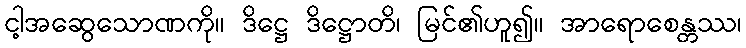
ငါ့အဆွေသောဏကို။ ဒိဋ္ဌေ ဒိဋ္ဌောတိ၊ မြင်၏ဟူ၍။ အာရောစေန္တဿ၊